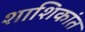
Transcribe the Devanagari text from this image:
शाशिकांत